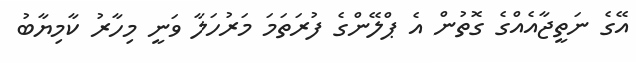
އޭގެ ނަތީޖާއެއްގެ ގޮތުން އެ ޕްލޭންގެ ފުރަތަމަ މަރުހަލާ ވަނީ މިހާރު ކާމިޔާބު